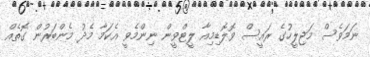
ނަމަވެސް މަޖިލީހުގެ ރައީސް ވޮލޮޑިމިއާ ލީޓްވީން ނިންމެވީ އެކަމާ މެދު މެންބަރުން ގޮތެއް